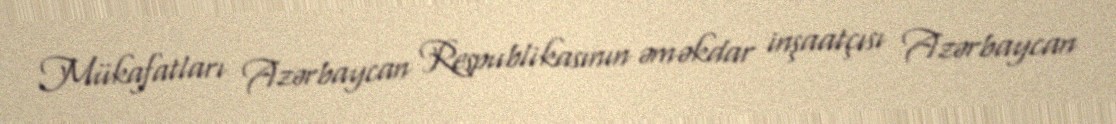
Mükafatları Azərbaycan Respublikasının əməkdar inşaatçısı Azərbaycan